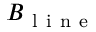
B _ { \mathrm { ~ l ~ i ~ n ~ e ~ } }